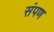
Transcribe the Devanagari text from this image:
संपण